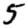
Digit: 5